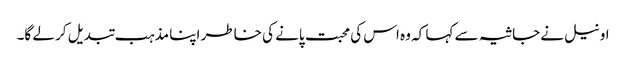
اونیل نے جاثیہ سے کہا کہ وہ اس کی محبت پانے کی خاطر اپنا مذہب تبدیل کر لے گا۔